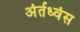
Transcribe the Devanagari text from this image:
अंर्तध्वंस